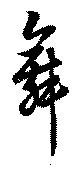
舞